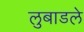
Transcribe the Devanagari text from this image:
लुबाडले